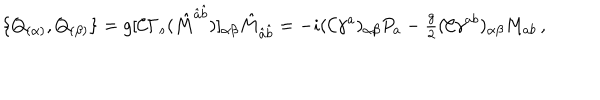
\{ Q _ { ( \alpha ) } , Q _ { ( \beta ) } \} = g [ \mathcal { C } \Gamma _ { s } ( \hat { M } ^ { \hat { a } \hat { b } } ) ] _ { \alpha \beta } \hat { M } _ { \hat { a } \hat { b } } = - i ( \mathcal { C } \gamma ^ { a } ) _ { \alpha \beta } P _ { a } - { \textstyle \frac { g } { 2 } } ( \mathcal { C } \gamma ^ { a b } ) _ { \alpha \beta } M _ { a b } \, ,